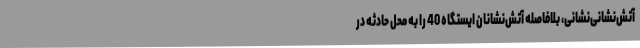
آتش‌نشانی‌نشانی، بلافاصله آتش‌نشانان ایستگاه 40 را به محل حادثه در